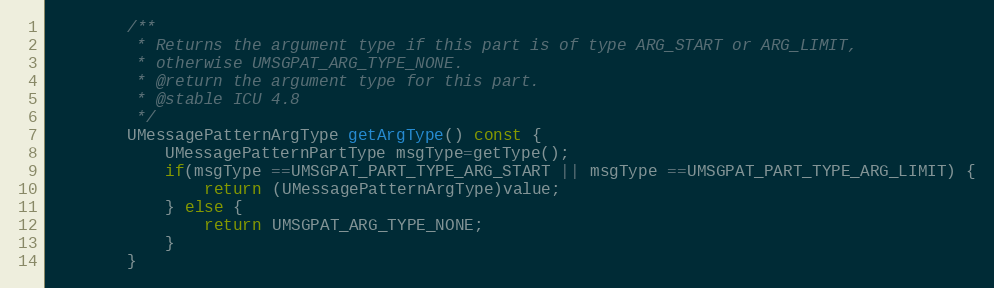
Language: C
        /**
         * Returns the argument type if this part is of type ARG_START or ARG_LIMIT,
         * otherwise UMSGPAT_ARG_TYPE_NONE.
         * @return the argument type for this part.
         * @stable ICU 4.8
         */
        UMessagePatternArgType getArgType() const {
            UMessagePatternPartType msgType=getType();
            if(msgType ==UMSGPAT_PART_TYPE_ARG_START || msgType ==UMSGPAT_PART_TYPE_ARG_LIMIT) {
                return (UMessagePatternArgType)value;
            } else {
                return UMSGPAT_ARG_TYPE_NONE;
            }
        }